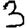
Digit: 3